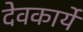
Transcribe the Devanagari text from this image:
देवकार्ये